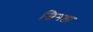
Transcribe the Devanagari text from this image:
जिनता